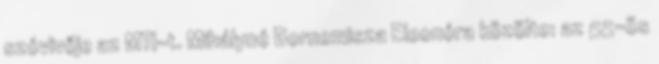
szóvivője az MTI-t. Mihályné Bornemisza Eleonóra közölte: az 55-ös